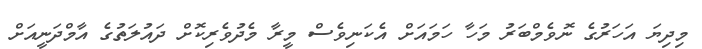
މިދިޔަ އަހަރުގެ ނޮވެމްބަރު މަހާ ހަމައަށް އެކަނިވެސް މީރާ މެދުވެރިކޮށް ދައުލަތުގެ އާމްދަނީއަށް